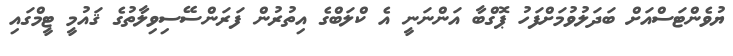
ޔުވެންޓަސްއަށް ބަދަލުވުމަށްފަހު ޕޮގްބާ އަންނަނީ އެ ކްލަބްގެ އިތުރުން ފަރަންސޭސިވިލާތުގެ ޤައުމީ ޓީމްގައި